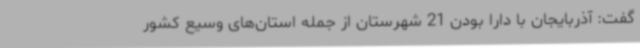
گفت: آذربایجان با دارا بودن 21 شهرستان از جمله استان‌های وسیع کشور